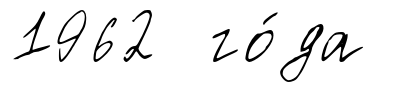
1962 го́да